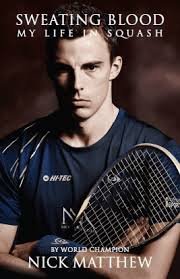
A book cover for Sweating Blood: My Life in Squash: The Official Autobiography of Nick Matthew; Nick Matthew; Sports & Outdoors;